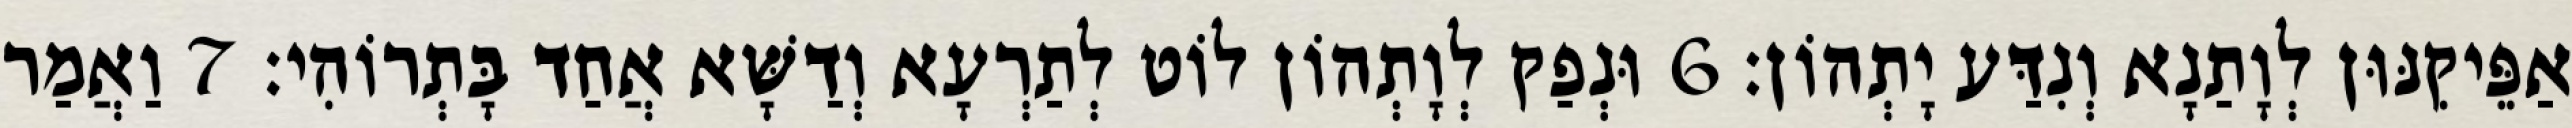
אַפֵּיקִנּוּן לְוָתַנָא וְנִדַּע יָתְהוֹן׃ 6 וּנְפַק לְוָתְהוֹן לוֹט לְתַרְעָא וְדַשָּׁא אֲחַד בָּתְרוֹהִי׃ 7 וַאֲמַר